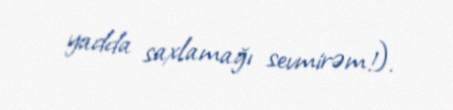
yadda saxlamağı sevmirəm!).